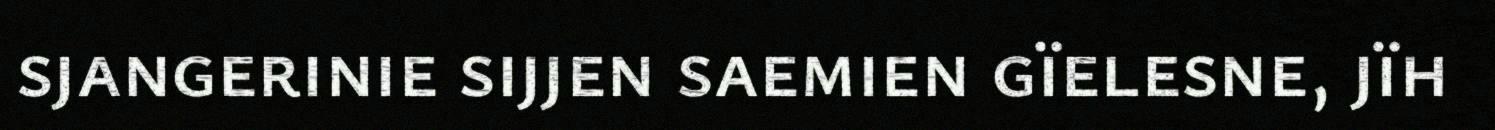
sjangerinie sijjen saemien gïelesne, jïh